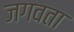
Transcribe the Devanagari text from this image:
जगवता